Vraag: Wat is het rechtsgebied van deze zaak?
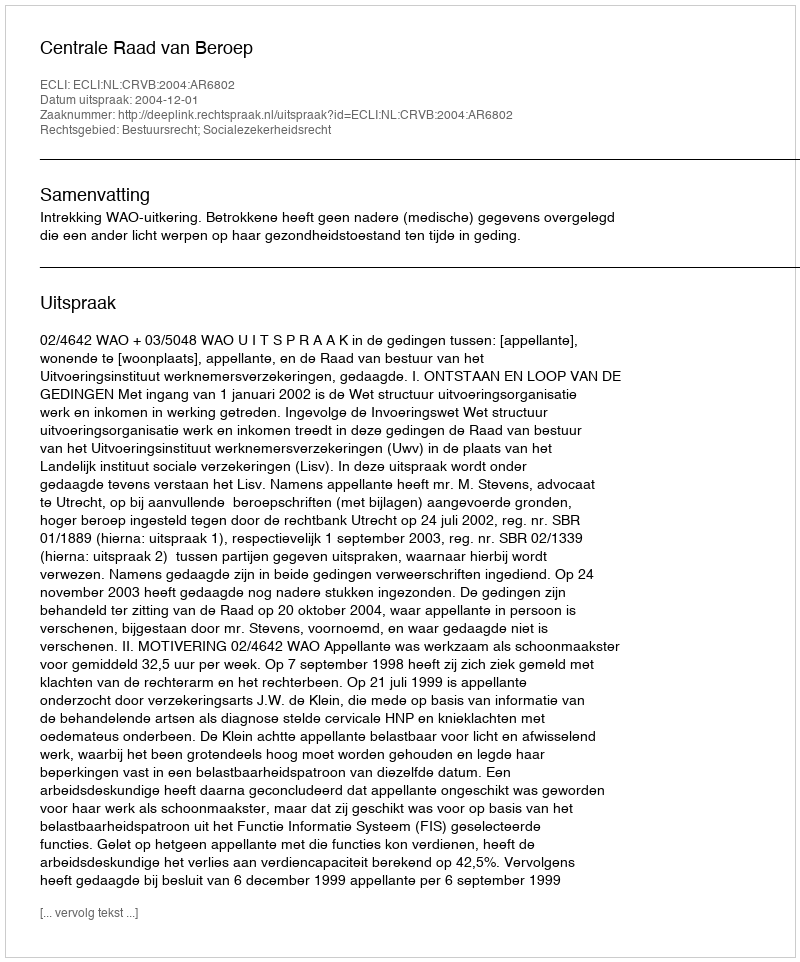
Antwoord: Bestuursrecht; Socialezekerheidsrecht